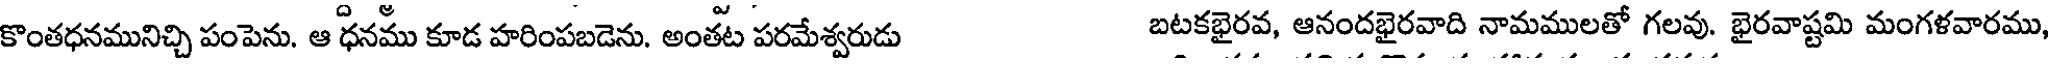
కొంతధనమునిచ్చి పంపెను. ఆ ధనము కూడ హరింపబడెను. అంతట పరమేశ్వరుడు బటకభైరవ, ఆనందభైరవాది నామములతో గలవు. భైరవాష్టమి మంగళవారము,